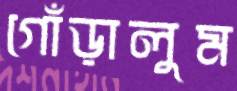
গোঁড়ালুম